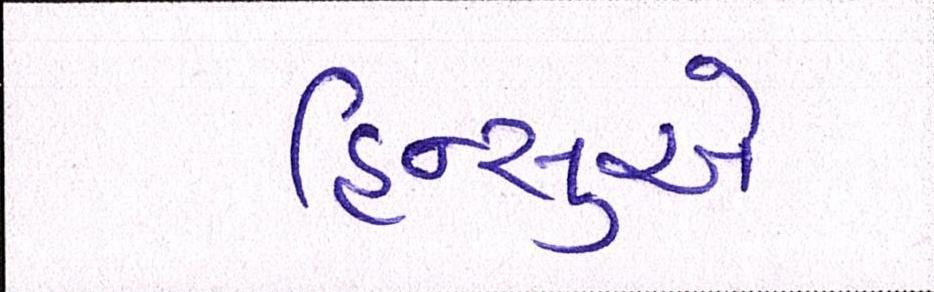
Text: હિન્સુએ